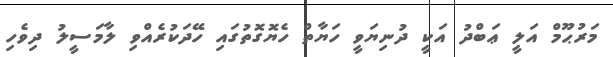
މަރުޙޫމް އަލީ ޢަބްދު އަކީ ދުނިޔަވީ ހަޔާތް ހެޔޮގޮތުގައި ހޭދަކުރެއްވި ލާމަސީލު ދިވެހި